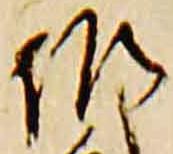
作